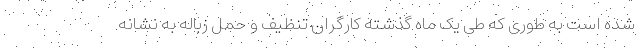
شده است به طوری که طی یک ماه گذشته کارگران تنظیف و حمل زباله به نشانه